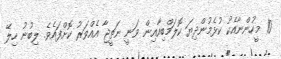
10 މީހުންނާއެކު ކުޅެމުންދިޔަ ކޮލަމްބިއާއިން ވަނީ ނަތީޖާ އެއްވަރު ކޮށްފައެވެ. ލިބުނު ހިލޭ